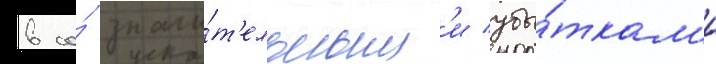
в со́ значи́т'ельным'и убы́ткам'и